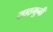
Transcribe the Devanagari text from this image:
साठगुनी